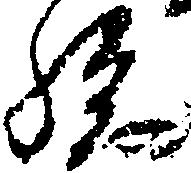
孫